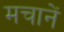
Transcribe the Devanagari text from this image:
मचानें